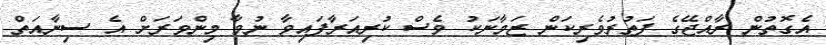
އެގޮތުން ރާއްޖޭގެ ފަތުރުވެރިކަން ޒަމާނަކު ވެސް ކުރިއަރާފައިވާ ނުވާ މިންވަރަށް އެ ސިނާއަތް